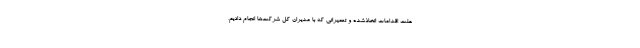
علت اقدامات اتخاذشده و تعمیراتی که با مدیران کل شرکت‌ها انجام دادیم،